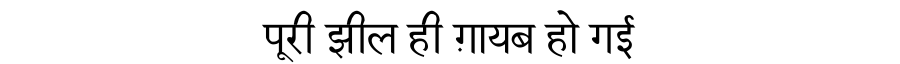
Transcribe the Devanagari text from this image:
पूरी झील ही ग़ायब हो गई